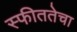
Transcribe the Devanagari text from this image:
स्फीततेचा